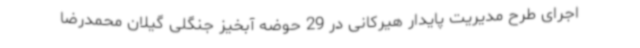
اجرای طرح مدیریت پایدار هیرکانی در 29 حوضه آبخیز جنگلی گیلان محمدرضا